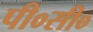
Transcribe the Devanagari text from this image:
पी०सी०